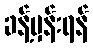
ခန့်မှန်းရန်